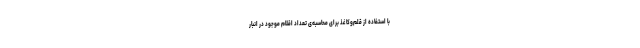
با استفاده از قلم‌و‌کاغذ برای محاسبه‌ی تعداد اقلام موجود در انبار